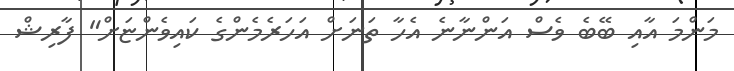
މަންމަ އާއި ބޭބެ ވެސް އަންނާނެ އެހާ ތަނަށް އަހަރެމެންގެ ކައިވެންޏަށް" ފާރިޝް